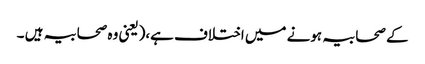
کے صحابیہ ہونے میں اختلاف ہے،(یعنی وہ صحابیہ ہیں ۔